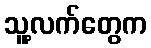
သူ့လက်တွေက